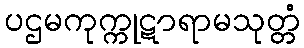
ပဌမကုက္ကုဋာရာမသုတ္တံ